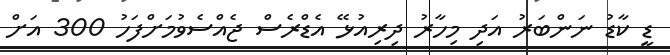
ޑީ ކާޑު ނަންބަރު އަދި މިހާރު ދިރިއުޅޭ އެޑްރެސް ޖެއްސެވުމަށްފަހު 300 އަށް